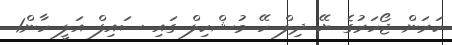
ކަރަން ޖޯހަރުގެ ޔޭ ދިލް ހޭ މުޝްކިލް ގައި ސައިފް އަލީ ހާން1